Annual report of the Punjab Veterinary College and of the Civil Veterinary Department, Punjab - 1909-1919
Year: 1909
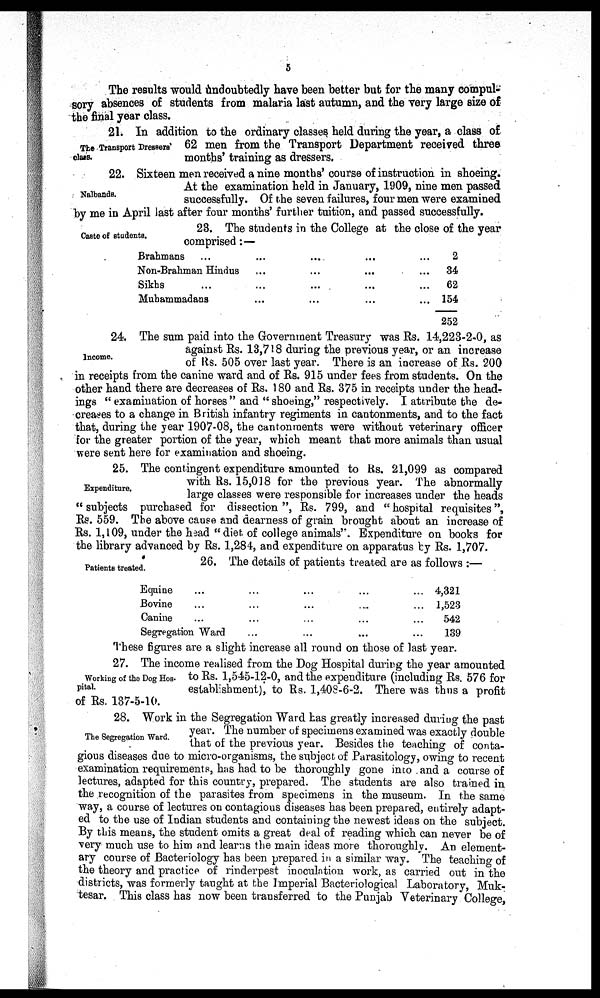
5
The results would undoubtedly have been better but for the many compul-
sory absences of students from malaria last autumn, and the very large size of
the final year class.
The Transport Dressers
class.
21. In addition to the ordinary classes held during the year, a class of
62 men from the Transport Department received three
months' training as dressers.
Nalbands.
22. Sixteen men received a nine months' course of instruction in shoeing.
At the examination held in January, 1909, nine men passed
successfully. Of the seven failures, four men were examined
by me in April last after four months' further tuition, and passed successfully.
Caste of students.
23. The students in the College at the close of the year
comprised:—
Brahmans ...
Non-Brahman Hindus
Sikhs ...
Muhammadans
...
...
...
...
...
...
...
...
...
...
...
...
...
...
...
...
2
34
62
154
252
Income.
24. The sum paid into the Government Treasury was Rs. 14,223-2-0, as
against Rs. 13,718 during the previous year, or an increase
of Rs. 505 over last year. There is an increase of Rs. 200
in receipts from the canine ward and of Rs. 915 under fees from students. On the
other hand there are decreases of Rs. 180 and Rs. 375 in receipts under the head-
ings "examination of horses" and "shoeing," respectively. I attribute the de-
creases to a change in British infantry regiments in cantonments, and to the fact
that, during the year 1907-08, the cantonments were without veterinary officer
for the greater portion of the year, which meant that more animals than usual
were sent here for examination and shoeing.
Expenditure.
25. The contingent expenditure amounted to Rs. 21,099 as compared
with Rs. 15,018 for the previous year. The abnormally
large classes were responsible for increases under the heads
"subjects purchased for dissection", Rs. 799, and "hospital requisites",
Rs. 559. The above cause and dearness of grain brought about an increase of
Rs. 1,109, under the head "diet of college animals". Expenditure on books for
the library advanced by Rs. 1,284, and expenditure on apparatus by Rs. 1,707.
Patients treated.
26. The details of patients treated are as follows:—
Equine...
Bovine...
Canine ...
Segregation Ward
...
...
...
...
...
...
...
...
...
...
...
...
...
...
...
...
4,321
1,523
542
139
These figures are a slight increase all round on those of last year.
Working of the Dog Hos-
pital.
27. The income realised from the Dog Hospital during the year amounted
to Rs. 1,545-12-0, and the expenditure (including Rs. 576 for
establishment), to Rs. 1,408-6-2. There was thus a profit
of Rs. 137-5-10.
The Segregation Ward.
28. Work in the Segregation Ward has greatly increased during the past
year. The number of specimens examined was exactly double
that of the previous year. Besides the teaching of conta-
gious diseases due to micro-organisms, the subject of Parasitology, owing to recent
examination requirements, has had to be thoroughly gone into and a course of
lectures, adapted for this country, prepared. The students are also trained in
the recognition of the parasites from specimens in the museum. In the same
way, a course of lectures on contagious diseases has been prepared, entirely adapt-
ed to the use of Indian students and containing the newest ideas on the subject.
By this means, the student omits a great deal of reading which can never be of
very much use to him and learns the main ideas more thoroughly. An element-
ary course of Bacteriology has been prepared in a similar way. The teaching of
the theory and practice of rinderpest inoculation work, as carried out in the
districts, was formerly taught at the Imperial Bacteriological Laboratory, Muk-
tesar. This class has now been transferred to the Punjab Veterinary College,